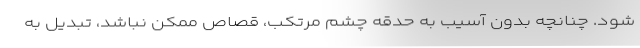
شود. چنانچه بدون آسیب به حدقه چشم مرتکب، قصاص ممکن نباشد، تبدیل به